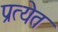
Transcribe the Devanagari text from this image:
प्रत्येत